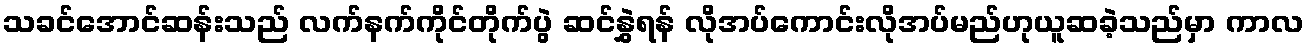
သခင်အောင်ဆန်းသည် လက်နက်ကိုင်တိုက်ပွဲ ဆင်နွှဲရန် လိုအပ်ကောင်းလိုအပ်မည်ဟုယူဆခဲ့သည်မှာ ကာလ